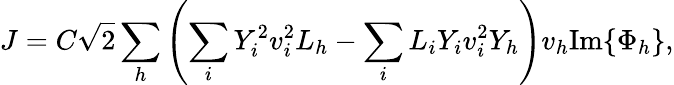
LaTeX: J=C\sqrt{2}\sum_{h}\left(\sum_{i}Y_{i}^{2}v_{i}^{2}L_{h}-\sum_{i}L_{i}Y_{i}v_{i}^{2}Y_{h}\right)v_{h}\mathrm{Im}\{ \Phi_{h}\} ,